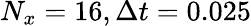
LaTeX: N_{x}=16,\Delta t=0.025